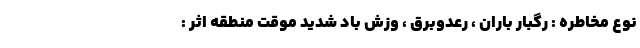
نوع مخاطره : رگبار باران ، رعدوبرق ، وزش باد شدید موقت منطقه اثر :